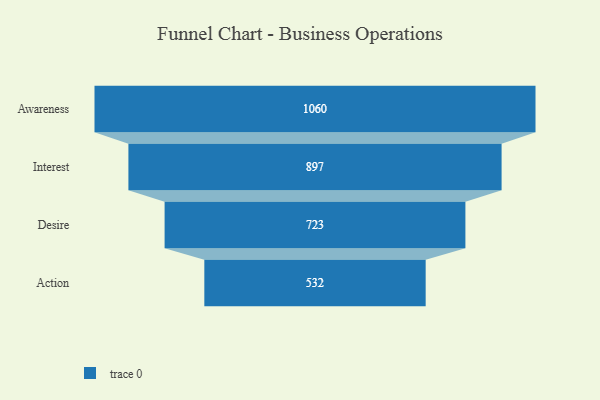
{"axis": {"x": "Stage", "y": "Value"}, "legend": [""], "data": [{"x": "Awareness", "y": 1060.0, "type": ""}, {"x": "Interest", "y": 897.0, "type": ""}, {"x": "Desire", "y": 723.0, "type": ""}, {"x": "Action", "y": 532.0, "type": ""}]}